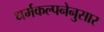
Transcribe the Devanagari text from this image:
धर्मकल्पनेनुसार